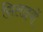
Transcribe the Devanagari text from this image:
सिलाइयों